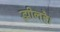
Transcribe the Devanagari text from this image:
झीलहै।